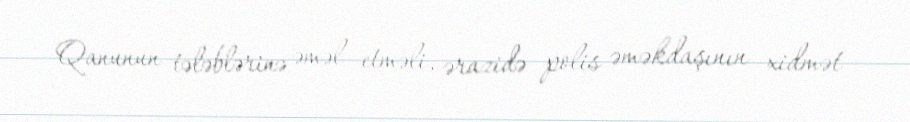
Qanunun tələblərinə əməl etməli, ərazidə polis əməkdaşının xidmət